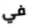
في